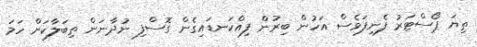
ތިޔަ ޕޯސްޓަރު ފެނިފަވެސް އަހުން ބިރުން ފިއްކަނޑައިގެން ގޮސްފި ނުދާނަން ތިބަލާކަށް ހަމަ